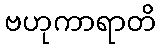
ဗဟုကာရာတိ